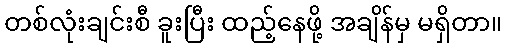
တစ်လုံးချင်းစီ ခူးပြီး ထည့်နေဖို့ အချိန်မှ မရှိတာ။